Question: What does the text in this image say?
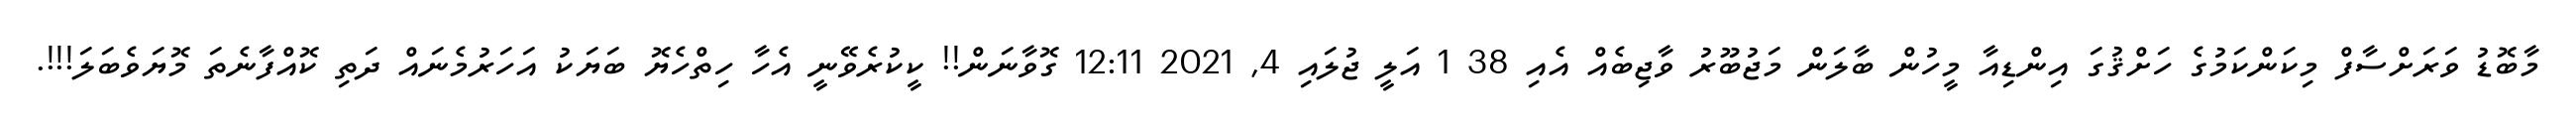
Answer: މާބޮޑު ވަރަށްސާފް މިކަންކަމުގެ ހަށްޤުގަ އިންޑިއާ މީހުން ބާލަން މަޖުބޫރު ވާޖިބެއް އެއި 38 1 އަލީ ޖުލައި 4, 2021 12:11 ގޮވާނަން!! ކީކުރެވޭނީ އެހާ ހިތްހެޔޮ ބަޔަކު އަހަރުމެނައް ދަތި ކޮއްފާނެތަ މޮޔަވެބަލަ!!!.